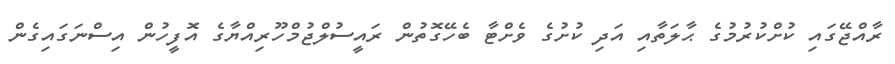
ރާއްޖޭގައި ކުށްކުރުމުގެ ޙާލަތާއި އަދި ކުށުގެ ވެށްޓާ ބެހޭގޮތުން ރައީސުލްޖުމްހޫރިއްޔާގެ އޮފީހުން އިސްނަގައިގެން